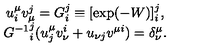
\begin{array} { c } { u _ { i } ^ { \mu } v _ { \mu } ^ { j } = G _ { i } ^ { j } \equiv [ \exp ( - W ) ] _ { i } ^ { j } , } \\ { { G ^ { - 1 } } _ { i } ^ { j } ( u _ { j } ^ { \mu } v _ { \nu } ^ { i } + u _ { \nu j } v ^ { \mu i } ) = \delta _ { \nu } ^ { \mu } . } \\ \end{array}